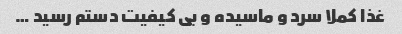
غذا کملا سرد و ماسیده و بی کیفیت دستم رسید …